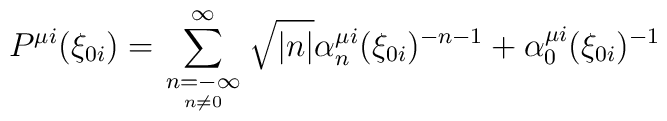
P^{\mu i}(\xi _{0i})=\sum_{\scriptstyle n=-\infty \atop n\neq 0}^\infty \sqrt{|n|}\alpha _n^{\mu i}(\xi _{0i})^{-n-1}+\alpha _0^{\mu i}(\xi _{0i})^{-1}